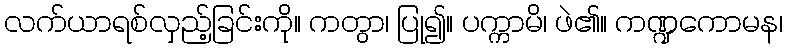
လက်ယာရစ်လှည့်ခြင်းကို။ ကတွာ၊ ပြု၍။ ပက္ကာမိ၊ ဖဲ၏။ ကဏ္ဍကောမန၊